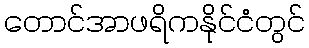
တောင်အာဖရိကနိုင်ငံတွင်